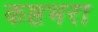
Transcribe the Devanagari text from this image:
कष्टभरा